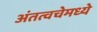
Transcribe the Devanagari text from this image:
अंतत्वचेमध्ये